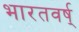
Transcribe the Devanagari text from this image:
भारतवर्ष्